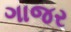
ગાજર